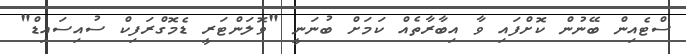
ސްޓެއިން ބޭނުން ކޮށްފައި ވާ އިބާރާތެއް ކަމަށް ބުނަނީ "ވޮލަންޓަރީ ޑެމޮގްރަފިކް ސުއިސައިޑް"